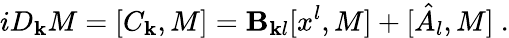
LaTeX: iD_{\mathbf{k}}M=[C_{\mathbf{k}},M]=\mathbf{B}_{\mathbf{k}l}[x^{l},M]+[\hat{{A}}_{l},M]\ .